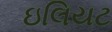
ઇલિયટ